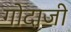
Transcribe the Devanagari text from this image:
गोदाजी